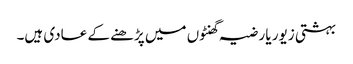
بہشتی زیور یا رضیہ گھنٹوں میں پڑھنے کے عادی ہیں۔